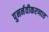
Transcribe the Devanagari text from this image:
पुनर्नवीकरणात